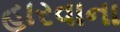
હારવાના